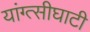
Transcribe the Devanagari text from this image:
यांग्त्सीघाटी